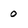
Character: 0